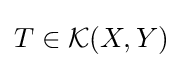
T\in {\mathcal {K}}(X,Y)